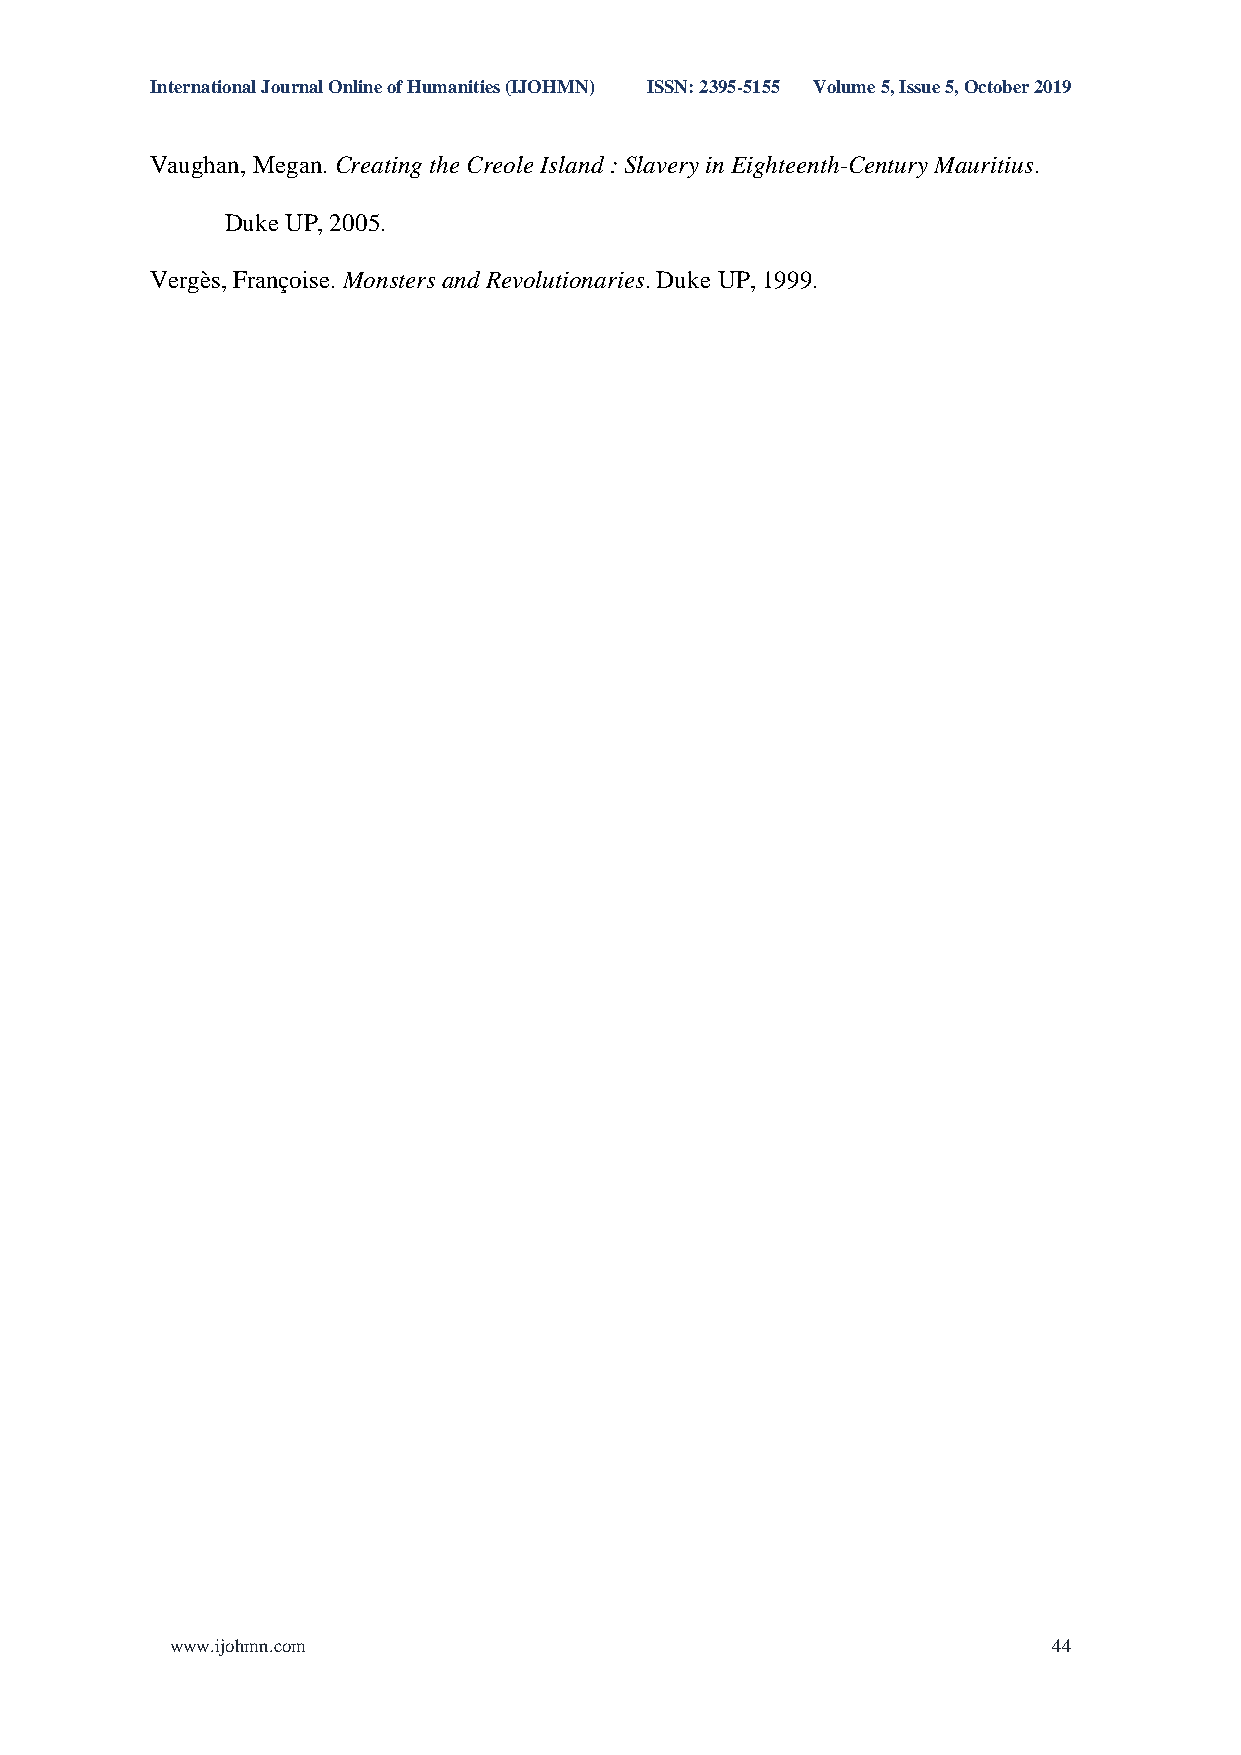
International Journal Online of Humanities (IJOHMN) ISSN: 2395-5155 Volume 5, Issue 5, October 2019
 Vaughan, Megan. Creating the Creole Island : Slavery in Eighteenth-Century Mauritius.
 Duke UP, 2005.
 Vergès, Françoise. Monsters and Revolutionaries. Duke UP, 1999.
 www.ijohmn.com                                             44